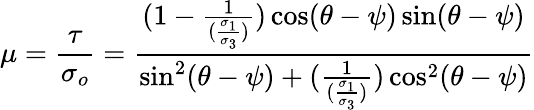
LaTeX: \mu=\frac{\tau}{\sigma_{o}}=\frac{(1-\frac{1}{(\frac{\sigma_{1}}{\sigma_{3}})})\cos(\theta-\psi)\sin(\theta-\psi)}{\sin^{2}(\theta-\psi)+(\frac{1}{(\frac{\sigma_{1}}{\sigma_{3}})})\cos^{2}(\theta-\psi)}